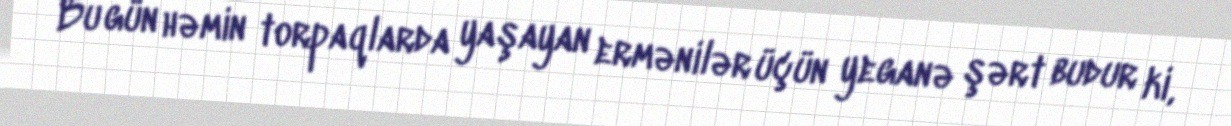
Bu gün həmin torpaqlarda yaşayan ermənilər üçün yeganə şərt budur ki,